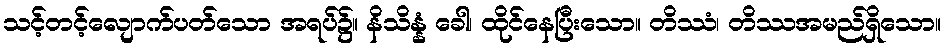
သင့်တင့်လျောက်ပတ်သော အရပ်၌။ နိသိန္နံ ခေါ၊ ထိုင်နေပြီးသော။ တိဿံ၊ တိဿအမည်ရှိသော။